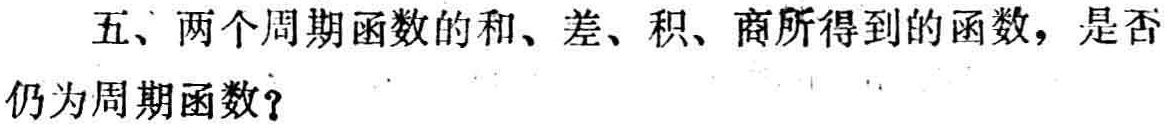
五、两个周期函数的和、差、积、商所得到的函数，是否仍为周期函数？